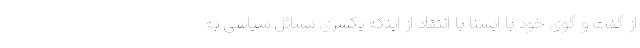
از گفت و گوی خود با ایسنا با انتقاد از اینکه یکسری مسائل سیاسی به